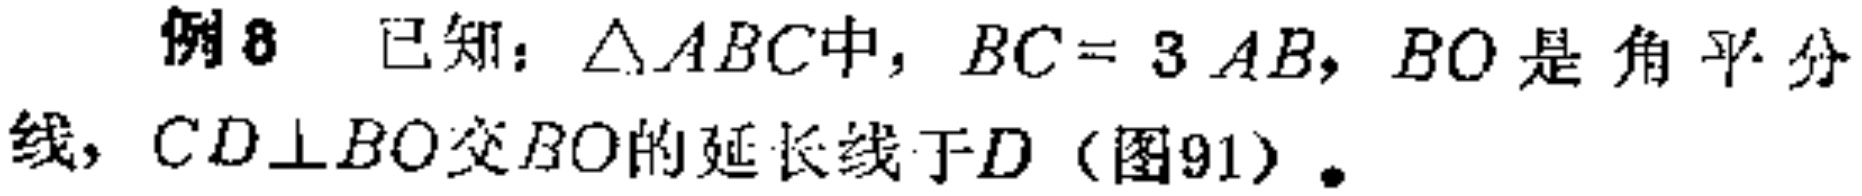
例8 已知：\(\triangle ABC\)中，\(BC = 3AB\)，\(BO\)是角平分线，\(CD\perp BO\)交\(BO\)的延长线于\(D\)（图91）.